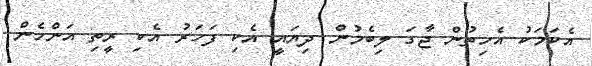
އެކަމަކު އެހިތުން ޖާގަ ލިބެމުން ދިޔައީ އެކި ފަހަރު އެކި ރީތި އަންހެން